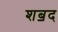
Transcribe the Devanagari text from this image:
शॿद